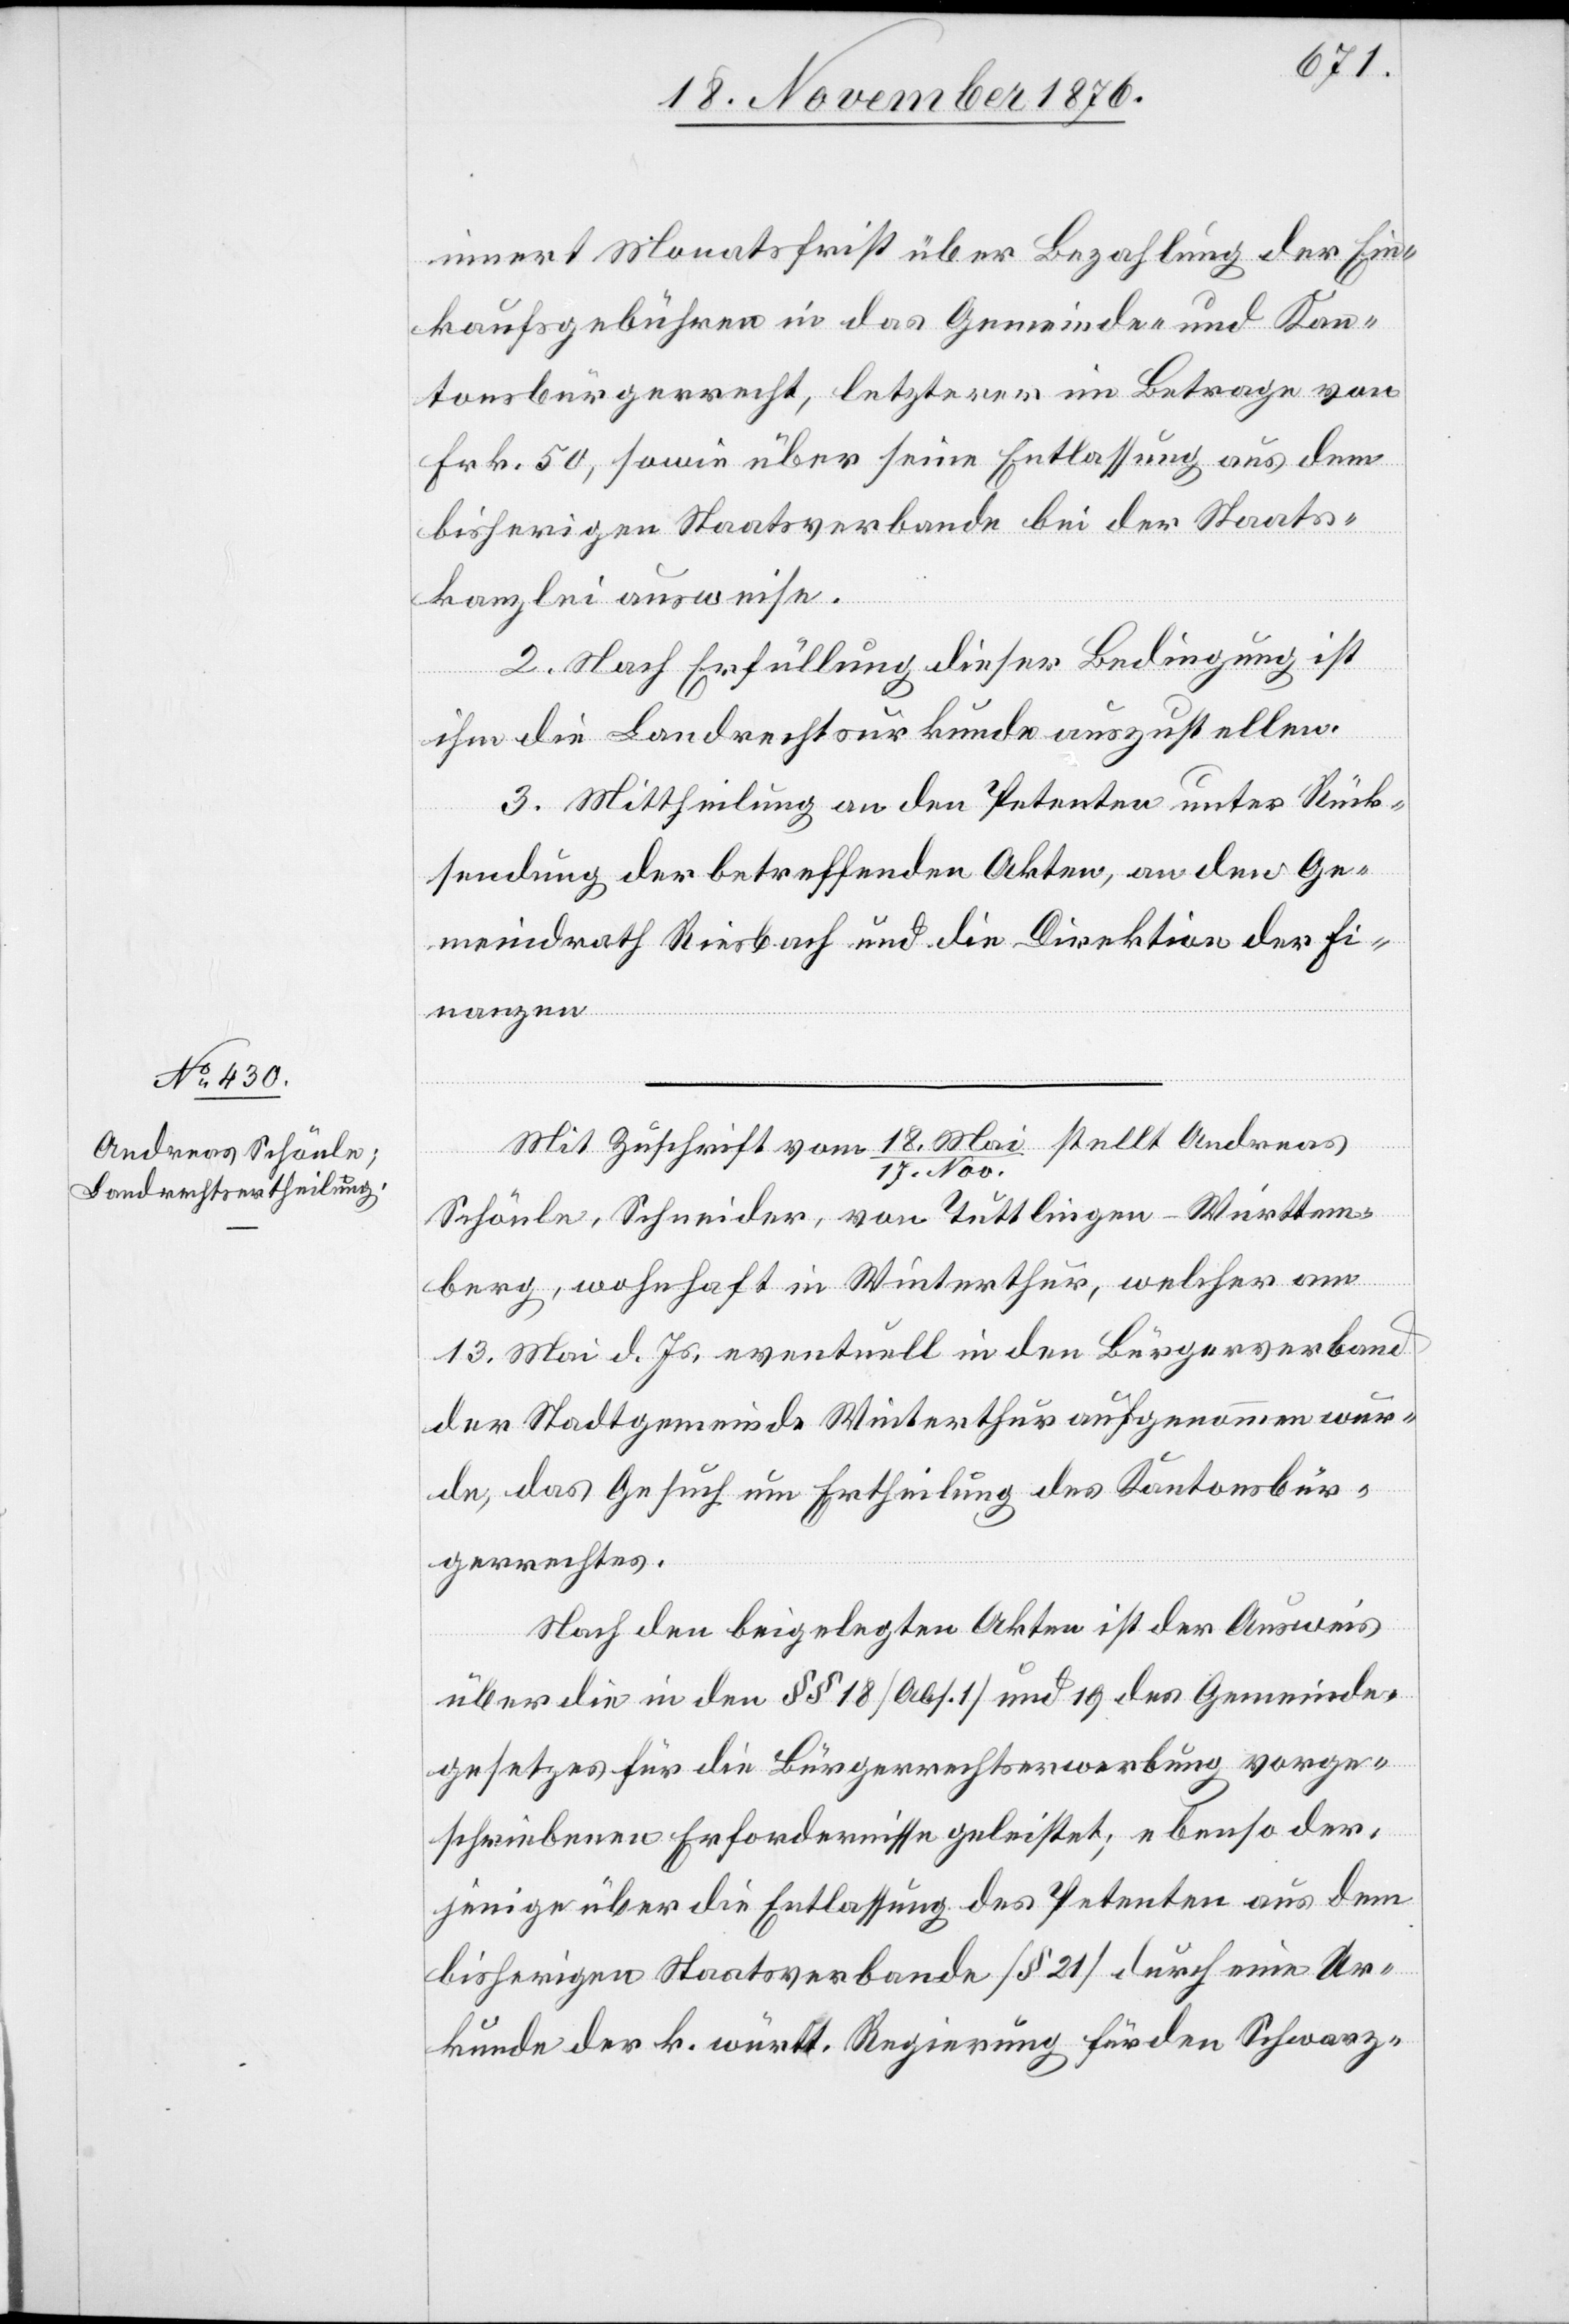
innert Monatsfrist über Bezahlung der Ein¬
kaufsgebühren in das Gemeinde- und Kan¬
tonsbürgerrecht, letzterer im Betrage von
Frk. 50, sowie über seine Entlassung aus dem
bisherigen Staatsverbande bei der Staats¬
kanzlei ausweise.
2. Nach Erfüllung dieser Bedingung ist
ihm die Landrechtsurkunde auszustellen.
3. Mittheilung an den Petenten unter Rück¬
sendung der betreffenden Akten, an den Ge¬
meindrath Riesbach und die Direktion der Fi¬
nanzen.